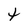
Character: t